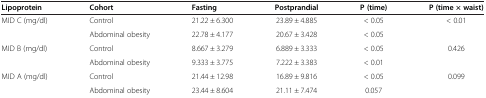
<table><thead><tr><td><b>Lipoprotein</b></td><td><b>Cohort</b></td><td><b>Fasting</b></td><td><b>Postprandial</b></td><td><b>P (time)</b></td><td><b>P (time × waist)</b></td></tr></thead><tbody><tr><td rowspan="2">MID C (mg/dl)</td><td>Control</td><td>21.22 ± 6.300</td><td>23.89 ± 4.885</td><td>&lt; 0.05</td><td rowspan="2">&lt; 0.01</td></tr><tr><td>Abdominal obesity</td><td>22.78 ± 4.177</td><td>20.67 ± 3.428</td><td>&lt; 0.05</td></tr><tr><td rowspan="2">MID B (mg/dl)</td><td>Control</td><td>8.667 ± 3.279</td><td>6.889 ± 3.333</td><td>&lt; 0.05</td><td rowspan="2">0.426</td></tr><tr><td>Abdominal obesity</td><td>9.333 ± 3.775</td><td>7.222 ± 3.383</td><td>&lt; 0.01</td></tr><tr><td rowspan="2">MID A (mg/dl)</td><td>Control</td><td>21.44 ± 12.98</td><td>16.89 ± 9.816</td><td>&lt; 0.05</td><td rowspan="2">0.099</td></tr><tr><td>Abdominal obesity</td><td>23.44 ± 8.604</td><td>21.11 ± 7.474</td><td>0.057</td></tr></tbody></table>